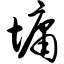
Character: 墉